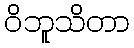
ဝိဘူသိတာ